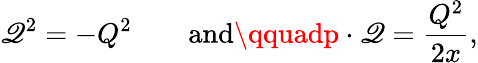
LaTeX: \mathscr{Q}^{2}=-Q^{2}\qquad\mathrm{{and}}\qquadp\cdot\mathscr{Q}={\frac{{Q^{2}}}{{2x}}},